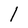
Character: 1